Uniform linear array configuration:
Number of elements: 24
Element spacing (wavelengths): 0.75
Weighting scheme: exponential
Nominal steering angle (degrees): -60
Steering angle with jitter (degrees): -60.217
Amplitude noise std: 0.05
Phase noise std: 0.05

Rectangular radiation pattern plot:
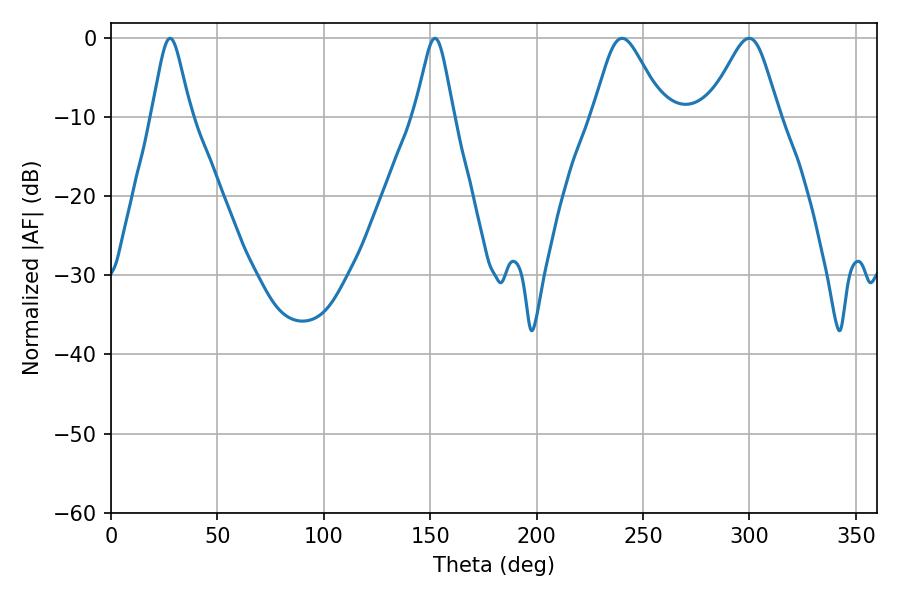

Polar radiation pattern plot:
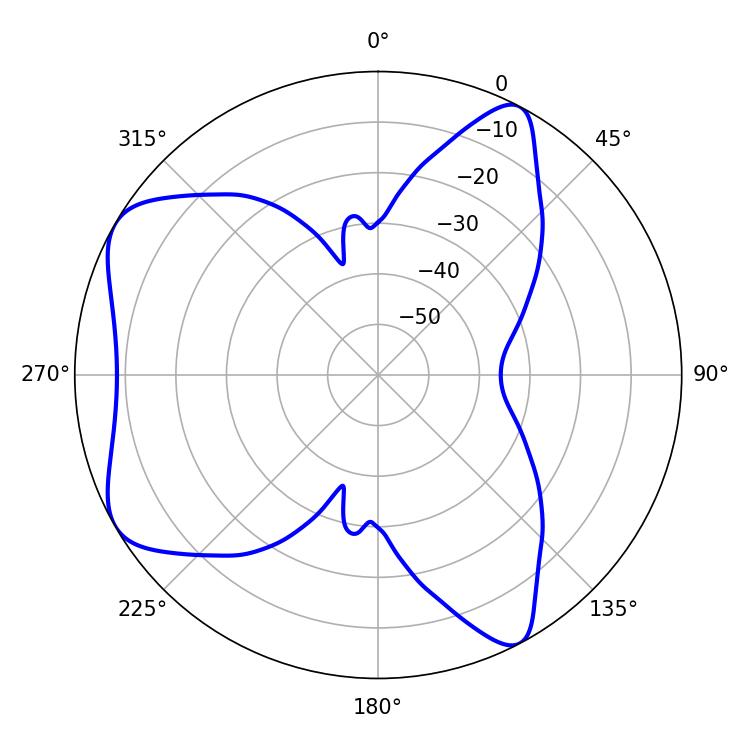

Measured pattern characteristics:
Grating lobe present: TRUE
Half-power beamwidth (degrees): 16.2
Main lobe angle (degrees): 240.12